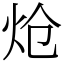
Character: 炝